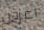
اعرض